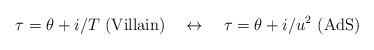
\begin{align*}\tau=\theta+i/T \ \mbox{(Villain)} \quad\leftrightarrow\quad\tau=\theta+ i/u^2 \ \mbox{(AdS)}\end{align*}